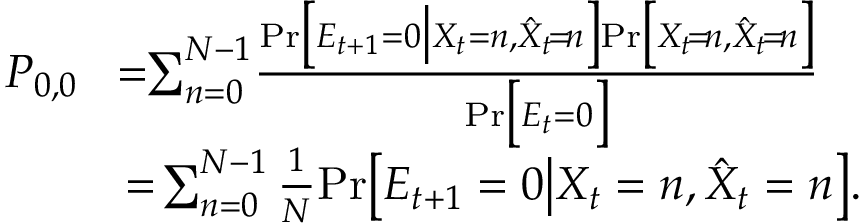
\begin{array} { r l } { P _ { 0 , 0 } } & { \! = \! \! \sum _ { n = 0 } ^ { N - 1 } \! \frac { \mathrm { P r } \big [ E _ { t + 1 } = 0 \big | X _ { t } = n , \hat { X } _ { t } \! = \! n \big ] \mathrm { P r } \big [ X _ { t } \! = \! n , \hat { X } _ { t } \! = \! n \big ] } { \mathrm { P r } \big [ E _ { t } = 0 \big ] } } \\ & { = \! \sum _ { n = 0 } ^ { N - 1 } \frac { 1 } { N } \mathrm { P r } \big [ E _ { t + 1 } = 0 \big | X _ { t } = n , \hat { X } _ { t } = n \big ] . } \end{array}